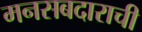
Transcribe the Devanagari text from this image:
मनसबदाराची